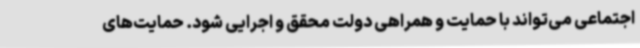
اجتماعی می‌تواند با حمایت و همراهی دولت محقق و اجرایی شود. حمایت‌های